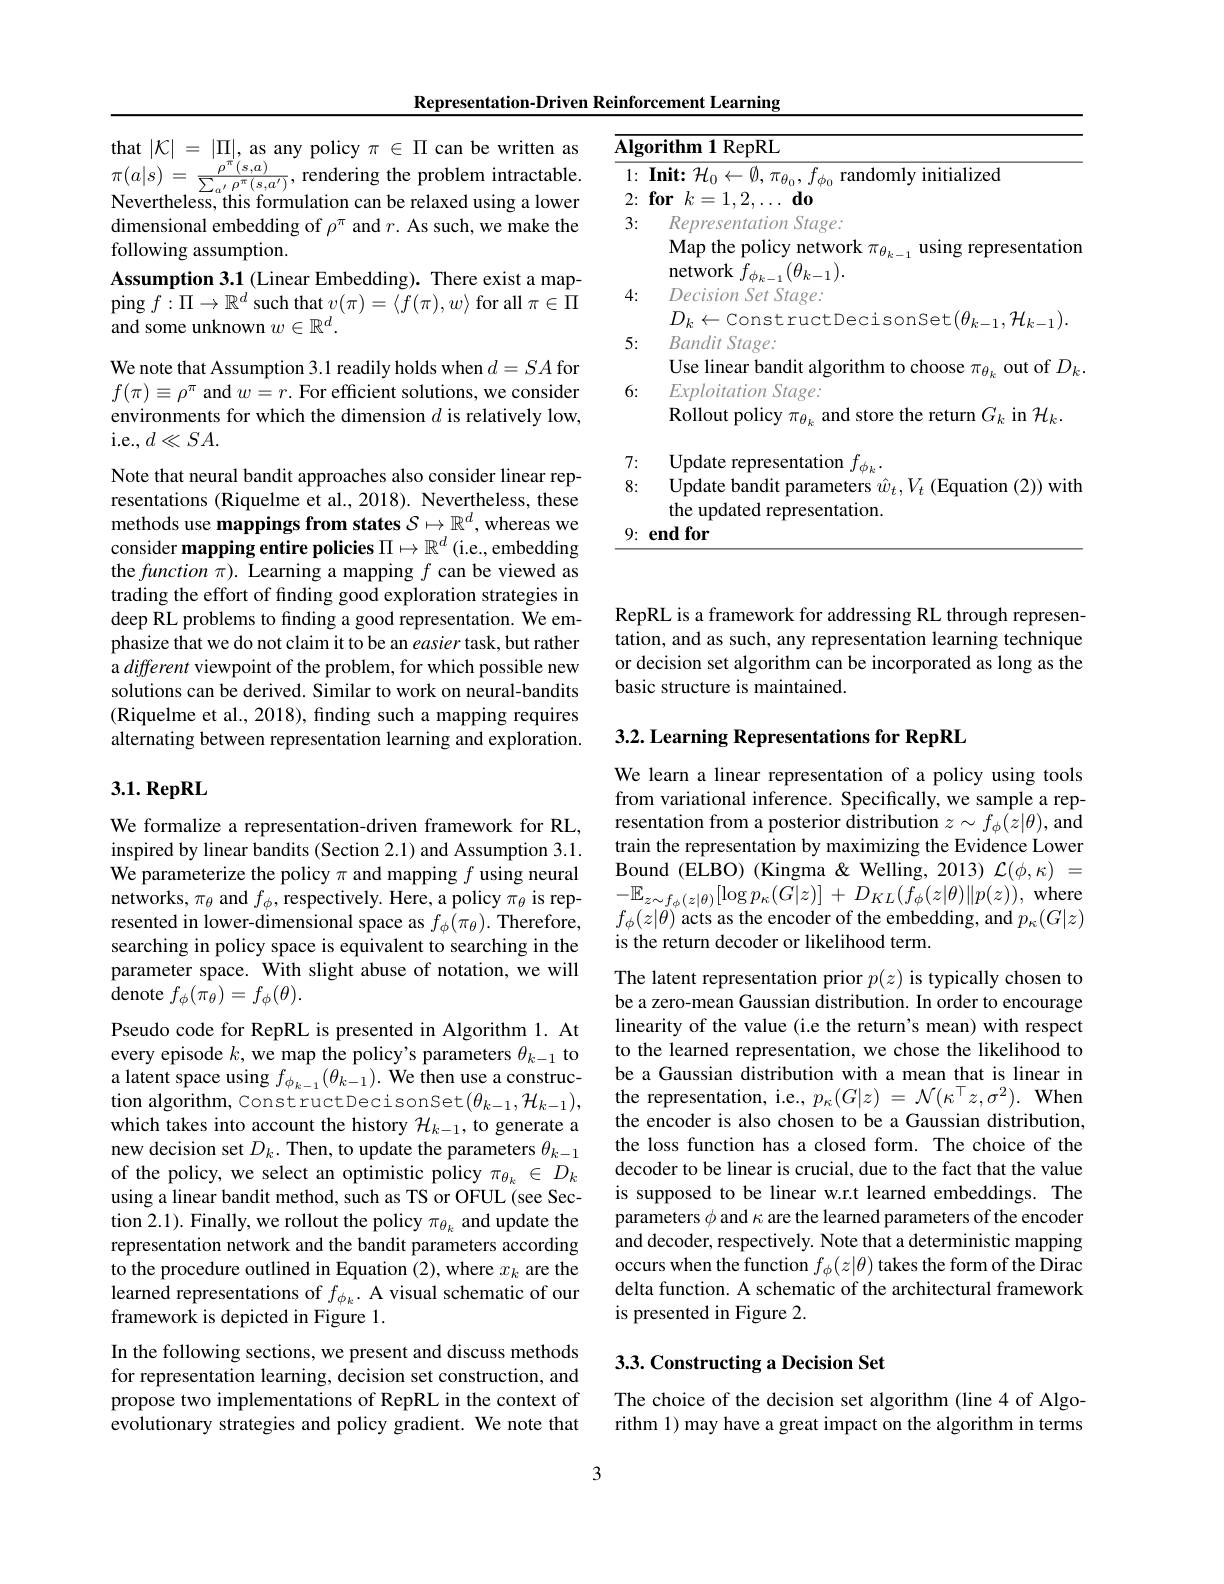
Representation-Driven Reinforcement Learning

that $|\mathcal{K}|=|\Pi|$, as any policy $\pi\in\Pi$ can be written as dimensional embedding of $\rho^\pi$ and $r.$ As such, we make the following assumption.
Assumption 3.1 (Linear Embedding). There exist a map- $\operatorname{ping}f:\Pi\to\mathbb{R}^{d}\underset{\varpi}{\operatorname*{such}}v(\pi)=\langle\widetilde{f}(\pi),w\rangle$for all $\pi\in\overset{\wedge}{\operatorname*{\Pi}}$ and some unknown $w\in\mathbb{R}^d.$
We note that Assumption 3.1 readily holds when $d=SA$ for $f(\pi)\equiv\rho^{\pi}$ and $w=r.$ For efficient solutions, we consider environments for which the dimension $d$ is relatively low, i. e. , $d\ll SA.$
Note that neural bandit approaches also consider linear representations (Riquelme et al., 2018). Nevertheless, these methods use mappings from states $\mathcal{S}\mapsto\mathbb{R}^d$, whereas we consider mapping entire policies $\Pi\mapsto\mathbb{R}^d\left(\mathrm{i.e.,~embedding}\right.$ the function $\pi$). Learning a mapping $f$ can be viewed as trading the effort of finding good exploration strategies in deep RL problems to finding a good representation. We emphasize that we do not claim it to be an easier task, but rather a different viewpoint of the problem, for which possible new solutions can be derived. Similar to work on neural-bandits (Riquelme et al., 2018), finding such a mapping requires alternating between representation learning and exploration. $3. 1. \textbf{RepRL}$

<table>
	<tbody>
		<tr>
			<td>$\overline{\mathbf{Alg}}$</td>
			<td>ithm 1 RepRL T</td>
		</tr>
		<tr>
			<td>1: </td>
			<td>$\mathbf{Init:}{\mathcal H}_{0}\leftarrow\emptyset,\pi_{\theta_{0}},f_{\phi_{0}}$ randomly initialized</td>
		</tr>
		<tr>
			<td>2: 3:</td>
			<td>$\textbf{for}k= 1, 2, \ldots \textbf{do}$ Representation Stage:</td>
		</tr>
		<tr>
			<td> </td>
			<td>$D_{k}\leftarrow$ConstructDecisonSet$(\theta_k-1,\mathcal{H}_{k-1}).$</td>
		</tr>
		<tr>
			<td>5:</td>
			<td>$BanditStage:$ Use linear bandit algorithm to choose $\pi_{\theta_k}$ out of $D_k$</td>
		</tr>
		<tr>
			<td>7.</td>
			<td>$$\operatorname{licy}\pi_{\theta_{k}}$ and store tne return G_{k}$ In $\mathcal H_{k}.$ 1</td>
		</tr>
		<tr>
			<td>8:</td>
			<td>Update bandit parar ETN $V_{t}\left(\mathrm{Equation~}(2)\right)$with</td>
		</tr>
		<tr>
			<td>9:</td>
			<td>$\mathbf{1}\mathbf{v}\mathbf{P}$ $\mathbf{endfor}$</td>
		</tr>
	</tbody>
</table>

We formalize a representation-driven framework for RL, inspired by linear bandits (Section 2.1) and Assumption 3.1. We parameterize the policy $\pi$ and mapping $f$ using neural networks, $\pi_\theta$ and $f_\phi$, respectively. Here, a policy $\pi_\theta$ is represented in lower-dimensional space as $f_\phi(\pi_\theta).$ Therefore, searching in policy space is equivalent to searching in the parameter space. With slight abuse of notation, we will denote $f_\phi(\pi_\theta)=f_\phi(\theta).$

Pseudo code for RepRL is presented in Algorithm 1. At every episode $k$, we map the policy's parameters $\theta_k-1$ to a latent space using $f_{\phi_{k-1}}(\theta_{k-1}).$ We then use a construction algorithm, ConstructDecisonSet$(\theta_k-1,\mathcal{H}_{k-1})$, which takes into account the history $\mathcal{H}_{k-1}$, to generate a new decision set $D_k.$ Then, to update the parameters $\theta_k-1$ of the policy, we select an optimistic policy $\pi_{\theta_k}\in D_k$ using a linear bandit method, such as TS or OFUL (see Section 2.1). Finally, we rollout the policy $\pi_{\theta_k}$ and update the representation network and the bandit parameters according to the procedure outlined in Equation (2), where $x_k$ are the learned representations of $f_{\phi_k}.$ A visual schematic of our framework is depicted in Figure 1.

In the following sections, we present and discuss methods for representation learning, decision set construction, and propose two implementations of RepRL in the context of evolutionary strategies and policy gradient. We note that

3

RepRL is a framework for addressing RL through representation, and as such, any representation learning technique or decision set algorithm can be incorporated as long as the basic structure is maintained.

3.2. Learning Representations for RepRL

We learn a linear representation of a policy using tools from variational inference. Specifically, we sample a representation from a posterior distribution $z\sim f_\phi(z|\theta)$, and train the representation by maximizing the Evidence Lower Bound (ELBO) (Kingma &Welling, 2013) $\mathcal{L}(\phi,\kappa)=$ $- \mathbb{E} _{z\sim f_{\phi }( z| \theta ) }[ \log p_{\kappa }( G| z) ]$ + $D_{KL}( \tilde{f} _{\phi }( z| \theta ) \| p( z) ) $, where $f_{\phi}(z|\theta)$ acts as the encoder of the embedding, and $p_\kappa(G|z)$ is the return decoder or likelihood term

The latent representation prior $p(z)$ is typically chosen to be a zero-mean Gaussian distribution. In order to encourage linearity of the value (i.e the return's mean) with respect to the learned representation, we chose the likelihood to be a Gaussian distribution with a mean that is linear in the representation, i.e., $p_\kappa(G|z)=\mathcal{N}(\kappa^{\top}z,\sigma^{2}).$ When the encoder is also chosen to be a Gaussian distribution, the loss function has a closed form. The choice of the decoder to be linear is crucial, due to the fact that the value is supposed to be linear w.r.t learned embeddings. The parameters $\phi$ and $\kappa$ are the learned parameters of the encoder and decoder, respectively. Note that a deterministic mapping occurs when the function $f_\phi(z|\theta)$ takes the form of the Dirac delta function. A schematic of the architectural framework is presented in Figure 2

## 3.3. Constructing a Decision Set

The choice of the decision set algorithm (line 4 of Algorithm 1) may have a great impact on the algorithm in terms